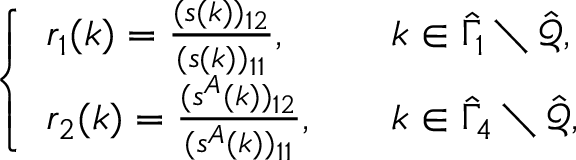
\begin{array} { r } { \left\{ \begin{array} { l l } { r _ { 1 } ( k ) = \frac { ( s ( k ) ) _ { 1 2 } } { ( s ( k ) ) _ { 1 1 } } , } & { k \in \hat { \Gamma } _ { 1 } \setminus \hat { \mathcal { Q } } , } \\ { r _ { 2 } ( k ) = \frac { ( s ^ { A } ( k ) ) _ { 1 2 } } { ( s ^ { A } ( k ) ) _ { 1 1 } } , \quad } & { k \in \hat { \Gamma } _ { 4 } \setminus \hat { \mathcal { Q } } , } \end{array} \right. } \end{array}